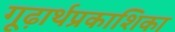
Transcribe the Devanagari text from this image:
गूढ़ार्थप्रकाशिका